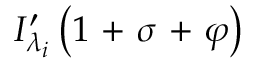
I _ { \lambda _ { i } } ^ { \prime } \left( 1 \mathrm { ~ + ~ } \sigma \mathrm { ~ + ~ } \varphi \right)